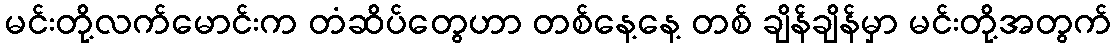
မင်းတို့လက်မောင်းက တံဆိပ်တွေဟာ တစ်နေ့နေ့ တစ် ချိန်ချိန်မှာ မင်းတို့အတွက်